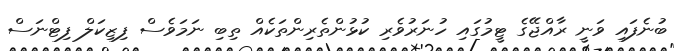
ބުނެފައި ވަނީ ރާއްޖޭގެ ޓީމުގައި ހުނަރުވެރި ކުޅުންތެރިންތަކެއް ތިބި ނަމަވެސް ފިޒިކަލް ފިޓްނަސް